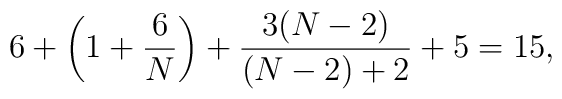
6+\left(1+\frac6N\right)+\frac{3(N-2)}{(N-2)+2}+5 = 15,